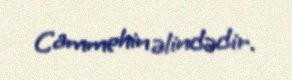
Cammehin əlindədir.